Annual report of the Punjab Veterinary College and of the Civil Veterinary Department, Punjab - 1894-1908
Year: 1894
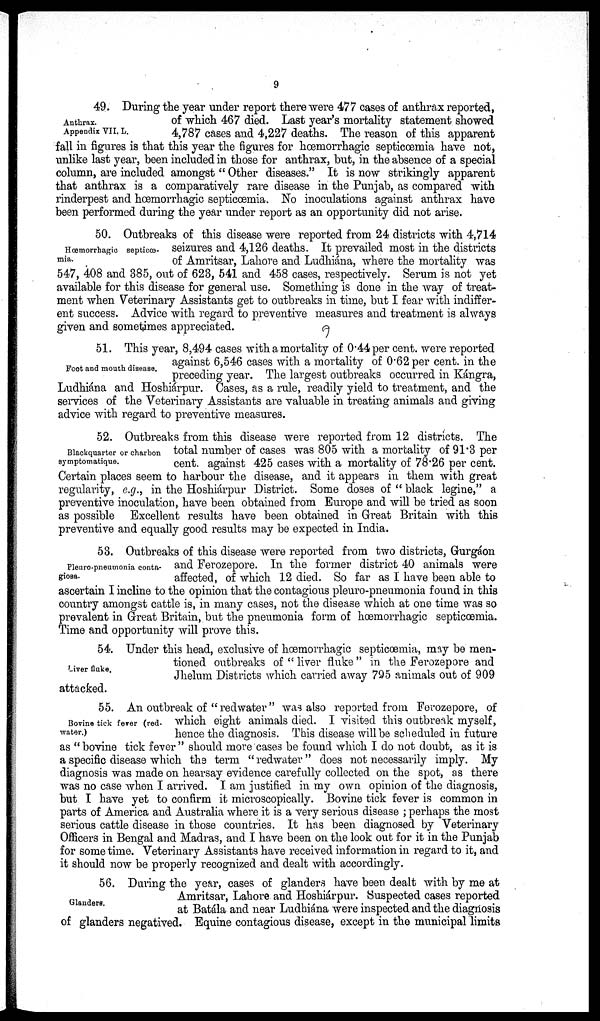
9
Anthrax.
Appendix VII, L.
49. During the year under report there were 477 cases of anthrax reported,
of which 467 died. Last year's mortality statement showed
4,787 cases and 4,227 deaths. The reason of this apparent
fall in figures is that this year the figures for hœmorrhagic septicœmia have not,
unlike last year, been included in those for anthrax, but, in the absence of a special
column, are included amongst " Other diseases." It is now strikingly apparent
that anthrax is a comparatively rare disease in the Punjab, as compared with
rinderpest and hœmorrhagic septicœmia. No inoculations against anthrax have
been performed during the year under report as an opportunity did not arise.
Hœmorrhagic septicœ-
mia.
50. Outbreaks of this disease were reported from 24 districts with 4,714
seizures and 4,126 deaths. It prevailed most in the districts
of Amritsar, Lahore and Ludhiána, where the mortality was
547, 408 and 385, out of 623, 541 and 458 cases, respectively. Serum is not yet
available for this disease for general use. Something is done in the way of treat-
ment when Veterinary Assistants get to outbreaks in time, but I fear with indiffer-
ent success. Advice with regard to preventive measures and treatment is always
given and sometimes appreciated.
Foot and mouth disease.
51. This year, 8,494 cases with a mortality of 0.44 per cent. were reported
against 6,546 cases with a mortality of 0.62per cent. in the
preceding year. The largest outbreaks occurred in Kángra,
Ludhiána and Hoshiárpur. Cases, as a rule, readily yield to treatment, and the
services of the Veterinary Assistants are valuable in treating animals and giving
advice with regard to preventive measures.
Blackquarter or charbon
symptomatique.
52. Outbreaks from this disease were reported from 12 districts. The
total number of cases was 805 with a mortality of 91.3 per
cent. against 425 cases with a mortality of 78.26 per cent.
Certain places seem to harbour the disease, and it appears in them with great
regularity, e.g., in the Hoshiárpur District. Some doses of " black legine," a
preventive inoculation, have been obtained from Europe and will be tried as soon
as possible Excellent results have been obtained in Great Britain with this
preventive and equally good results may be expected in India.
Pleuro-pneumonia conta-
giosa.
53. Outbreaks of this disease were reported from two districts, Gurgáon
and Ferozepore. In the former district 40 animals were
affected, of which 12 died. So far as I have been able to
ascertain I incline to the opinion that the contagious pleuro-pneumonia found in this
country amongst cattle is, in many cases, not the disease which at one time was so
prevalent in Great Britain, but the pneumonia form of hœmorrhagic septicœmia.
Time and opportunity will prove this.
Liver fluke.
54. Under this head, exclusive of hœmorrhagic septicœmia, may be men-
tioned outbreaks of " liver fluke " in the Ferozepore and
Jhelum Districts which carried away 795 animals out of 909
attacked.
Bovine tick fever (red-
water.)
55. An outbreak of " redwater " was also reported from Ferozepore, of
which eight animals died. I visited this outbreak myself,
hence the diagnosis. This disease will be scheduled in future
as "bovine tick fever" should more cases be found which I do not doubt, as it is
a specific disease which the term "redwater" does not necessarily imply. My
diagnosis was made on hearsay evidence carefully collected on the spot, as there
was no case when I arrived. I am justified in my own opinion of the diagnosis,
but I have yet to confirm it microscopically. Bovine tick fever is common in
parts of America and Australia where it is a very serious disease ; perhaps the most
serious cattle disease in those countries. It has been diagnosed by Veterinary
Officers in Bengal and Madras, and I have been on the look out for it in the Punjab
for some time. Veterinary Assistants have received information in regard to it, and
it should now be properly recognized and dealt with accordingly.
Glanders.
56. During the year, cases of glanders have been dealt with by me at
Amritsar, Lahore and Hoshiárpur. Suspected cases reported
at Batála and near Ludhiána were inspected and the diagnosis
of glanders negatived. Equine contagious disease, except in the municipal limits